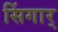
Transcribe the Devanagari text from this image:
सिंगार्